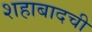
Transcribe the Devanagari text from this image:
शहाबादची